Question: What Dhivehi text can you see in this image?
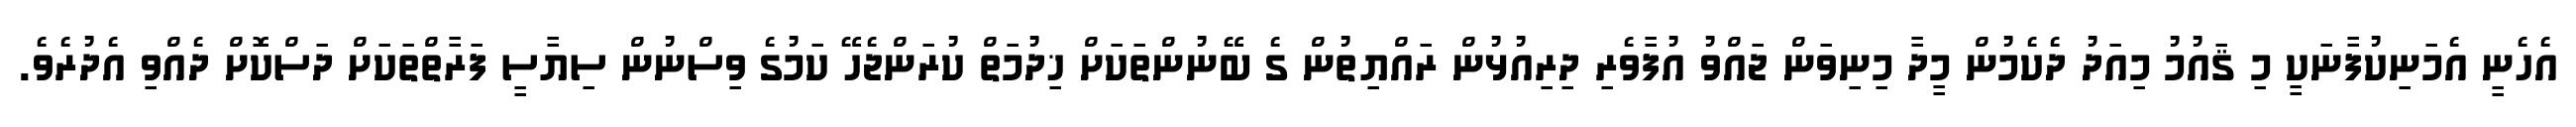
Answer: އެހެނީ އެމަނިކުފާނަކީ މި ޤައުމު މިއަދު ދެކެމުން މީދާ މިނިވަން ޖައްވު އުފާވެރި ދިރިއުޅުން ރައްޔިތުން ގެ ބޭނުންތަކަށް ޚިދުމަތް ކުރަންޖެހޭ ކަމުގެ ވިސްނުން ސިޔާސީ ފަރާތްތަކަށް ދަސްކޮށް ދެއްވި އެދުރެވެ.